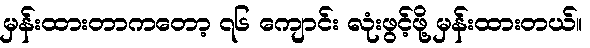
မှန်းထားတာကတော့ ၇၆ ကျောင်း လုံးဖွင့်ဖို့ မှန်းထားတယ်။